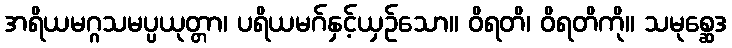
အရိယမဂ္ဂသမပ္ပယုတ္တာ၊ ပရိယမဂ်နှင့်ယှဉ်သော။ ဝိရတိ၊ ဝိရတိကို။ သမုစ္ဆေဒ